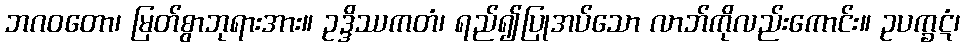
ဘဂဝတော၊ မြတ်စွာဘုရားအား။ ဥဒ္ဒိဿကတံ၊ ရည်၍ပြုအပ်သော လာဘ်ကိုလည်းကောင်း။ ဥပက္ခဋံ၊